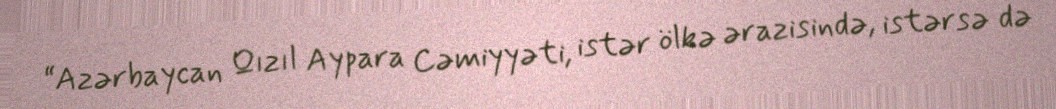
“Azərbaycan Qızıl Aypara Cəmiyyəti, istər ölkə ərazisində, istərsə də